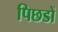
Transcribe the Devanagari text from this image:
पिछडों